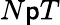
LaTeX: N\mathsf{p}T